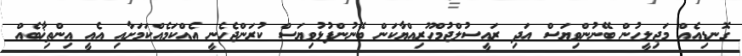
ގޮނޑިއެއް މަޖިލީހުން ބޭނުންވިޔަސް އަދި ރައީސުލްޖުމްހޫރިއްޔާކަން ބޭނުންފުޅުވިޔަސް ކުރަންޖެހެނީ އެއްކަމެއްކަމަށާއި އެއީ އިންތިޚާބެއް